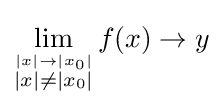
\lim _{\stackrel {|x|\to |x_{0}|}{|x|\neq |x_{0}|}}f(x)\to y